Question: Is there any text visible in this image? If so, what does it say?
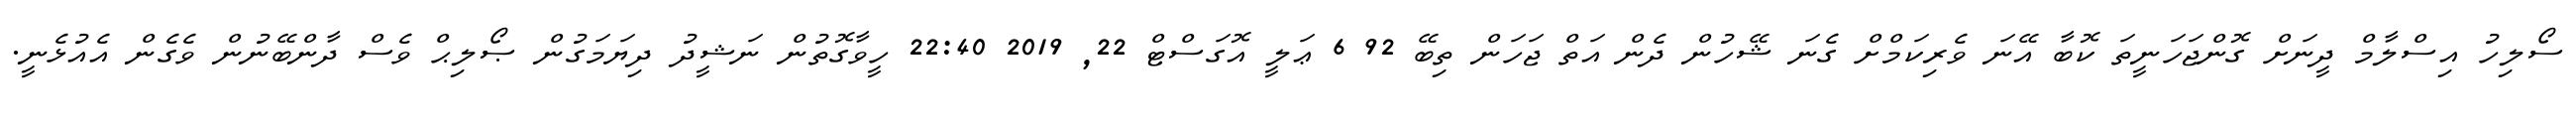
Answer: ސޯލިހު އިސްލާމް ދީނަށް ގޮންޖަހަނީތަ ކޮބާ އޭނަ ވެރިކަމްށް ގެނަ ޝޭހުން ދެން އަތް ޖަހަން ތިބޭ 92 6 ޢަލީ އޮގަސްޓް 22, 2019 22:40 ހީވާގޮތުން ނަޝީދު ދިޔަމަގުން ޞޯލިޙް ވެސް ދާންބޭނުން ވެގެން އެއުޅެނީ.